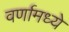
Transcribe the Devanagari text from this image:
वर्णामध्ये